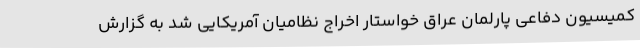
کمیسیون دفاعی پارلمان عراق خواستار اخراج نظامیان آمریکایی شد به گزارش